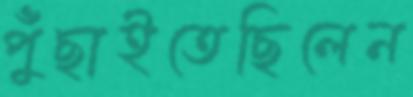
পুঁছাইতেছিলেন